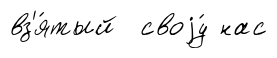
вз'я́тый своjу́ нас